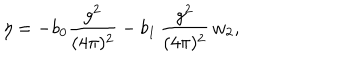
\eta = - b _ { 0 } \frac { g ^ { 2 } } { ( 4 \pi ) ^ { 2 } } - b _ { 1 } \, \frac { g ^ { 2 } } { ( 4 \pi ) ^ { 2 } } \, w _ { 2 } ,